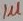
Text: 1µ